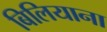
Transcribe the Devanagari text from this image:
बिलियाना